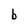
Character: b